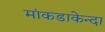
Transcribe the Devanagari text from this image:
मांकडाकेन्दा